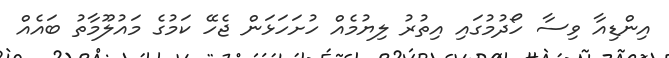
އިންޑިއާ ވިސާ ހޯދުމުގައި އިތުރު ލިޔުމެއް ހުށަހަޅަން ޖެހޭ ކަމުގެ މައުލޫމާތު ބައެއް